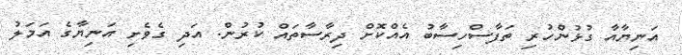
އަނިޔާއާ ގުޅުންހުރި ތަފާސްހިސާބު އެއްކޮށް ދިރާސާތައް ކުރުން. އަދި ގެވެށި އަނިޔާގެ އަމަލު